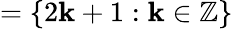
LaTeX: =\{ 2\mathbf{k}+1:\mathbf{k}\in\mathbb{{Z}}\}